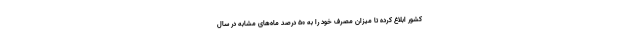
کشور ابلاغ کرده تا میزان مصرف خود را به ۵۰ درصد ماه‌های مشابه در سال